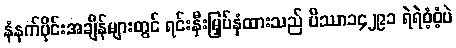
နံနက်ပိုင်းအချိန်များတွင် ရင်းနှီးမြှပ်နှံထားသည် ပိဿာ၁၄၂၉၁ ရဲရဲဝံ့ဝံ့ပဲ